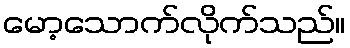
မော့သောက်လိုက်သည်။